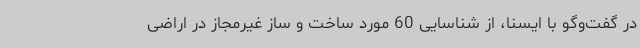
در گفت‌وگو با ایسنا، از شناسایی 60 مورد ساخت و ساز غیرمجاز در اراضی